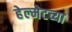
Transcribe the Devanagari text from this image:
हेल्मेटच्या